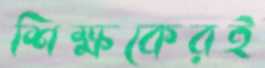
শিক্ষকেরই